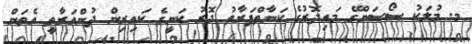
މ. މުލަކު ސޯސަންގޭ މައިދޮރުގެ ކަނާތްފަރާތު ދޮރު ކަނީގެ ކައިރިން ދުންއަރާތީ އެތަން